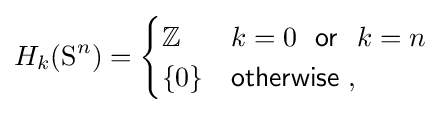
H_{k}(\mathrm {S} ^{n})={\begin{cases}\mathbb {Z} ~&k=0~~{\mathsf {or}}~~k=n\\\{0\}&{\mathsf {otherwise}}\ ,\end{cases}}